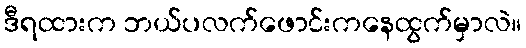
ဒီရထားက ဘယ်ပလက်ဖောင်းကနေထွက်မှာလဲ။